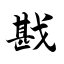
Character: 戡